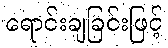
ရောင်းချခြင်းဖြင့်